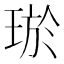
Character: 𤥽